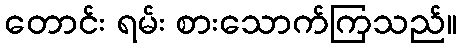
တောင်း ရမ်း စားသောက်ကြသည်။